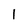
Character: 1